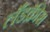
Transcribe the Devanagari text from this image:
लँडक्रीस